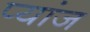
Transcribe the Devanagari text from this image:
प्यांज